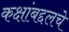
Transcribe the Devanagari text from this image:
कक्षांबद्दलचे